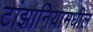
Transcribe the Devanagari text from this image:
टांझानियामधील